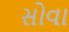
સોવા